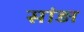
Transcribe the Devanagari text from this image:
सांड़ा